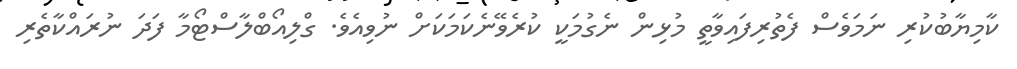
ކާމިޔާބުކުރި ނަމަވެސް ފެތުރިފައިވާތީ މުޅިން ނެގުމަކީ ކުރެވޭނެކަމަކަށް ނުވިއެވެ. ގްލިއޯބްލާސްޓޯމާ ފަދަ ނުރައްކާތެރި